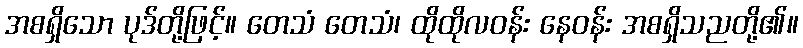
အစရှိသော ပုဒ်တို့ဖြင့်။ တေသံ တေသံ၊ ထိုထိုလဝန်း နေဝန်း အစရှိသညတို့၏။